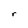
Character: r